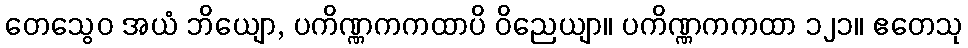
တေသွေဝ အယံ ဘိယျော, ပကိဏ္ဏကကထာပိ ဝိညေယျာ။ ပကိဏ္ဏကကထာ ၁၂၁။ ဧတေသု